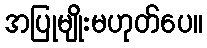
အပြုမျိုးမဟုတ်ပေ။